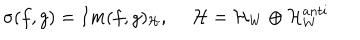
\sigma ( f , g ) = I m ( f , g ) _ { \cal H } , ~ ~ { \cal H } = { \cal H } _ { W } \oplus { \cal H } _ { W } ^ { a n t i }